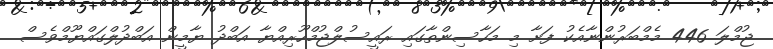
ޖުމްލަ 446 މެމްބަރުންނާއެކު ފަށާ މި މަހާސިންތާގައި ރައީސުލްޖުމްހޫރިއްޔާ އަބްދު ޔާމީން އަބްދުލްގައްޔޫމްވެސް